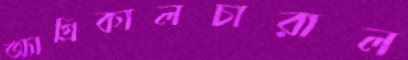
অ্যাগ্রিকালচারাল